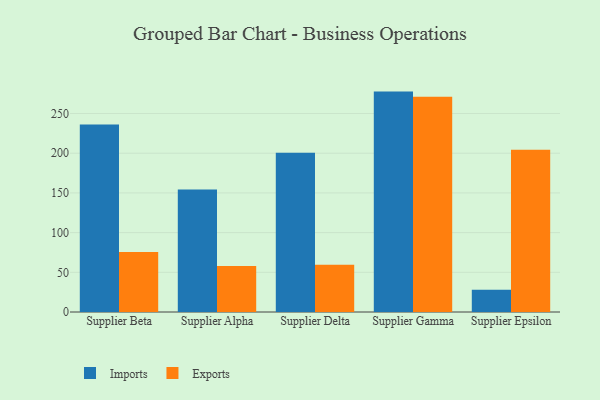
{"axis": {"x": "Supplier", "y": "Inventory Turnover"}, "legend": ["Exports", "Imports"], "data": [{"x": "Supplier Beta", "y": 236.2, "type": "Imports"}, {"x": "Supplier Beta", "y": 75.5, "type": "Exports"}, {"x": "Supplier Alpha", "y": 154.4, "type": "Imports"}, {"x": "Supplier Alpha", "y": 57.8, "type": "Exports"}, {"x": "Supplier Delta", "y": 200.7, "type": "Imports"}, {"x": "Supplier Delta", "y": 59.4, "type": "Exports"}, {"x": "Supplier Gamma", "y": 277.6, "type": "Imports"}, {"x": "Supplier Gamma", "y": 271.0, "type": "Exports"}, {"x": "Supplier Epsilon", "y": 27.9, "type": "Imports"}, {"x": "Supplier Epsilon", "y": 204.3, "type": "Exports"}]}